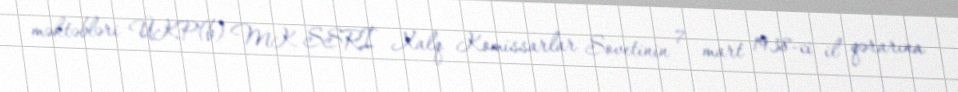
məktəbləri ÜKP(b) MK SSRİ Xalq Komissarlar Sovetinin 7 mart 1938-ci il qərarına